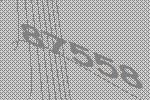
87558